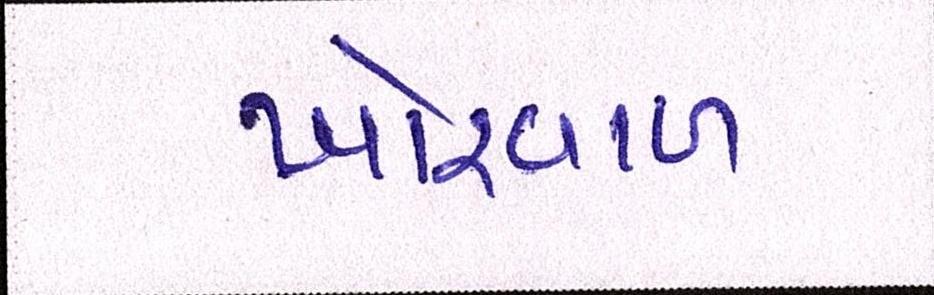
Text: ખોરવાળ